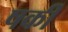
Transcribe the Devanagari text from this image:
षर्की